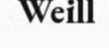
Weill